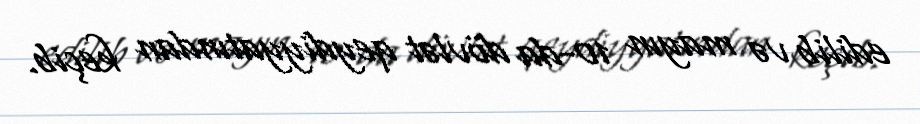
edilib və mayın 10-da dövlət qeydiyyatından keçib.